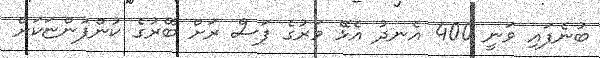
ބުނެފައި ވަނީ 400 އެނދު އެޅޭ ވަރުގެ ފަސް ރަށް ބޭރުގެ ކުންފުންޏަކަށް